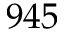
9 4 5